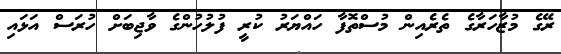
ރޭގެ މުޒާހަރާގެ ތެރެއިން މުސްތޮފާ ހައްޔަރު ކުރީ ފުލުހުންގެ ވާޖިބަށް ހުރަސް އަޅައި